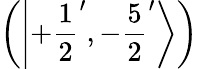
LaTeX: \left(\left|+{\frac{1}{2}}^{\prime},-{\frac{5}{2}}^{\prime}\right\rangle\right)